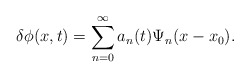
\begin{align*}\delta\phi(x,t)=\sum_{n=0}^{\infty} a_n(t) \Psi_n(x-x_0).\end{align*}